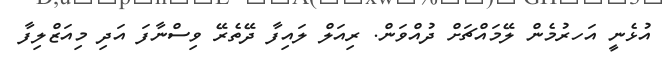
އުޅެނީ އަހރުމެން ލޭމައްޗަށް ދުއްވަން. ރިއަލް ލައިފާ ދޭތެރޭ ވިސްނާފަ އަދި މިއަޒްލިފާ